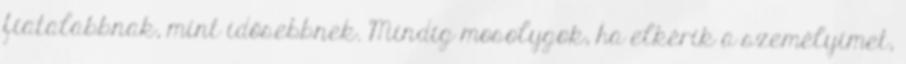
fiatalabbnak, mint idősebbnek. Mindig mosolygok, ha elkérik a személyimet,